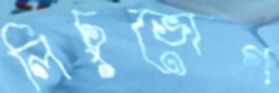
লিচুভোগ